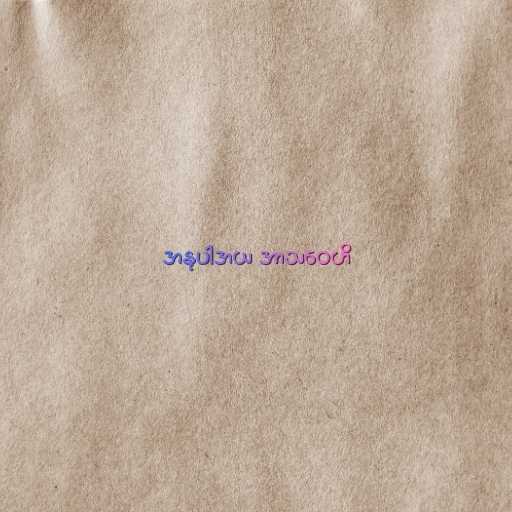
အနုပါဒာယ အာသဝေဟိ